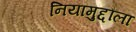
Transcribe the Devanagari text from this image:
नियामुद्दौला